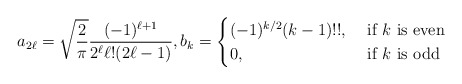
\begin{align*} a_{2\ell}=\sqrt{\frac{2}{\pi}}\frac{(-1)^{\ell+1}}{2^{\ell}\ell!(2\ell-1)},b_{k}=\begin{cases}(-1)^{k/2}(k-1)!!,&\textrm{ if }k\textrm{ is even}\\0,&\textrm{ if }k\textrm{ is odd} \end{cases}\end{align*}